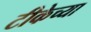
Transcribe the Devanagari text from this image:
टीकेच्या